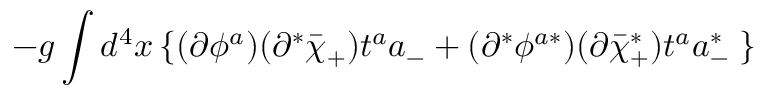
- g \int d ^ { 4 } x \left\{ ( \partial \phi ^ { a } ) ( \partial ^ { * } \bar { \chi } _ { + } ) t ^ { a } a _ { - } + ( \partial ^ { * } \phi ^ { a * } ) ( \partial \bar { \chi } _ { + } ^ { * } ) t ^ { a } a _ { - } ^ { * } \; \right\}